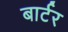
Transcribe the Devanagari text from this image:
बार्टर